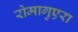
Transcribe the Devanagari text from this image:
रोमागुएरा